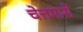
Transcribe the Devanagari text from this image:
चेत्तमासे